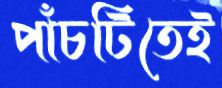
পাঁচটিতেই